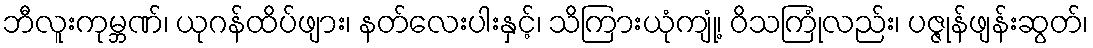
ဘီလူးကုမ္ဘဏ်၊ ယုဂန်ထိပ်ဖျား၊ နတ်လေးပါးနှင့်၊ သိကြားယုံကျုံ့၊ ဝိသကြုံလည်း၊ ပဇ္ဇုန်ဖျန်းဆွတ်၊